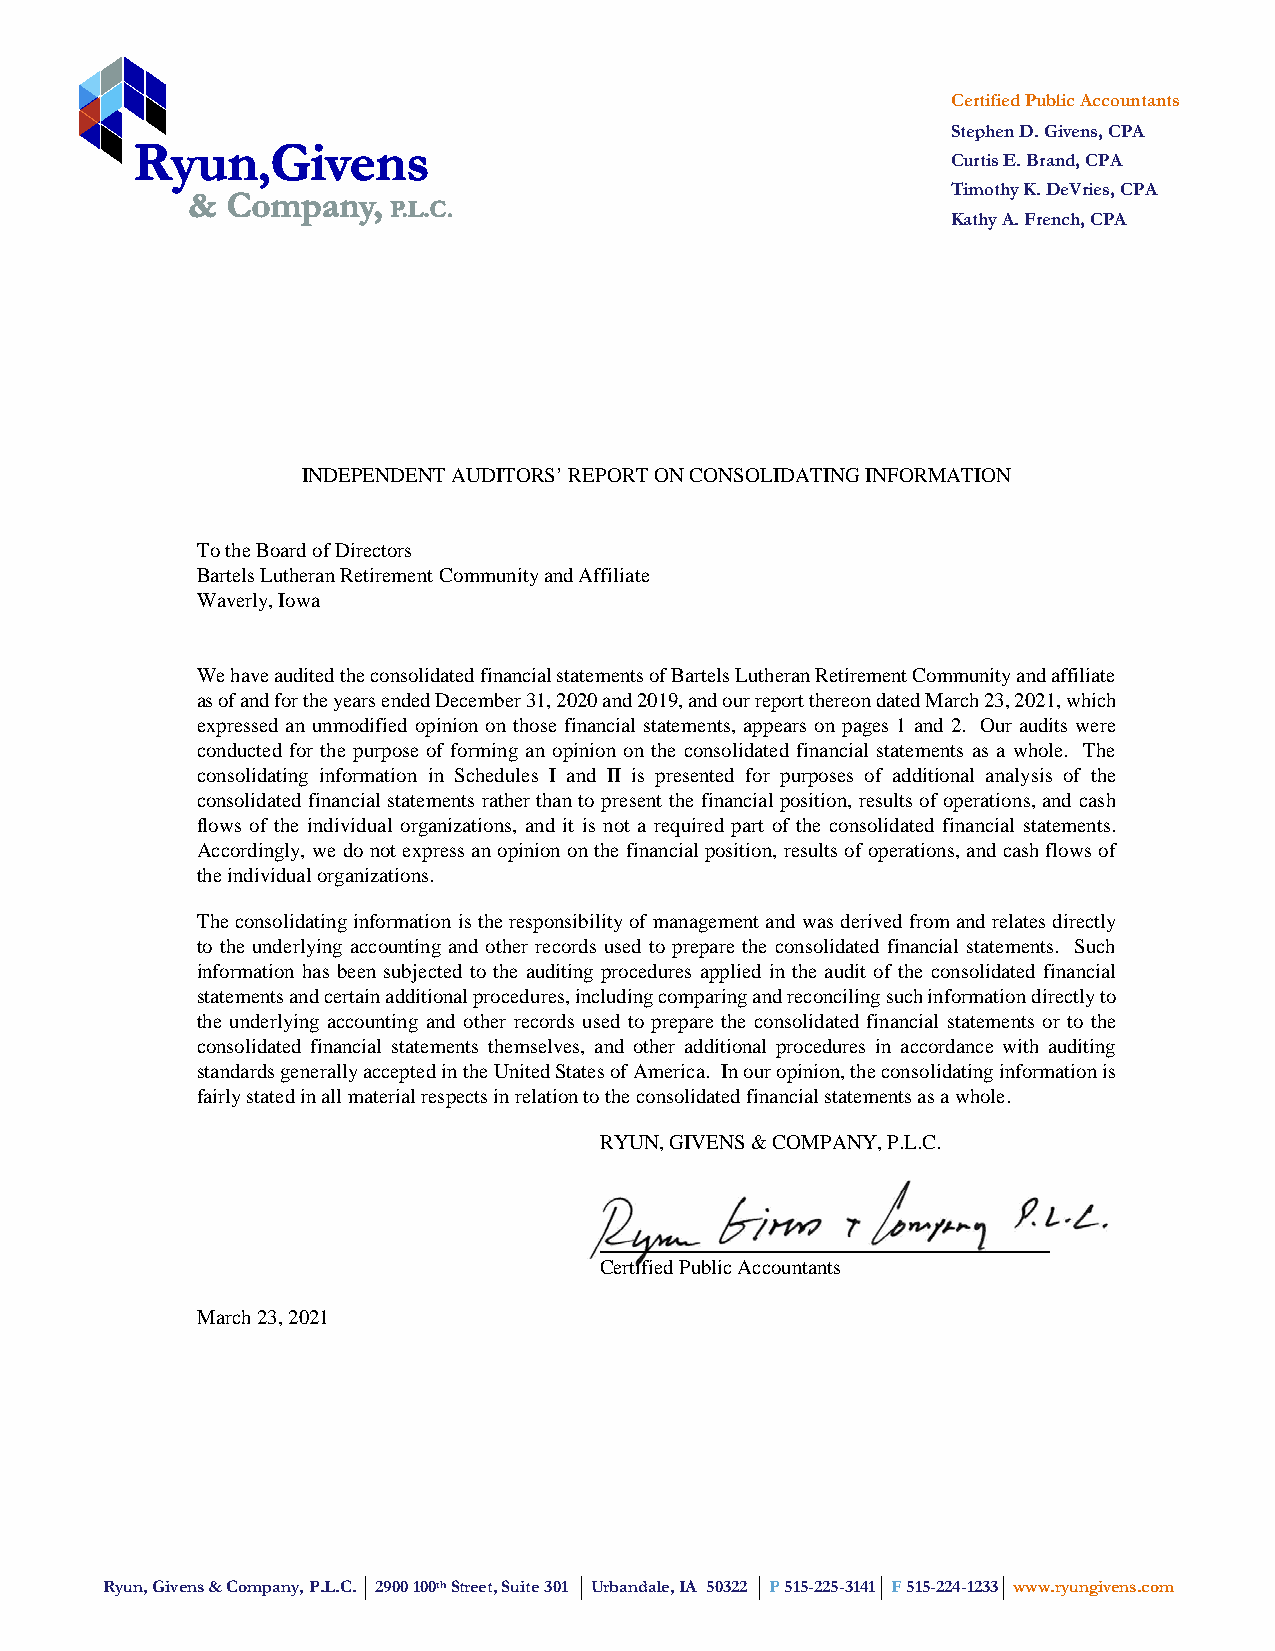
Certified Public Accountants
 Stephen D. Givens, CPA
 Curtis E. Brand, CPA
 Timothy K. DeVries, CPA
 Kathy A. French, CPA
 INDEPENDENT AUDITORS’ REPORT ON CONSOLIDATING INFORMATION
 To the Board of Directors
 Bartels Lutheran Retirement Community and Affiliate
 Waverly, Iowa
 We have audited the consolidated financial statements of Bartels Lutheran Retirement Community and affiliate
 as of and for the years ended December 31, 2020 and 2019, and our report thereon dated March 23, 2021, which
 expressed an unmodified opinion on those financial statements, appears on pages 1 and 2. Our audits were
 conducted for the purpose of forming an opinion on the consolidated financial statements as a whole. The
 consolidating information in Schedules I and II is presented for purposes of additional analysis of the
 consolidated financial statements rather than to present the financial position, results of operations, and cash
 flows of the individual organizations, and it is not a required part of the consolidated financial statements.
 Accordingly, we do not express an opinion on the financial position, results of operations, and cash flows of
 the individual organizations.
 The consolidating information is the responsibility of management and was derived from and relates directly
 to the underlying accounting and other records used to prepare the consolidated financial statements. Such
 information has been subjected to the auditing procedures applied in the audit of the consolidated financial
 statements and certain additional procedures, including comparing and reconciling such information directly to
 the underlying accounting and other records used to prepare the consolidated financial statements or to the
 consolidated financial statements themselves, and other additional procedures in accordance with auditing
 standards generally accepted in the United States of America. In our opinion, the consolidating information is
 fairly stated in all material respects in relation to the consolidated financial statements as a whole.
 RYUN, GIVENS & COMPANY, P.L.C.
 Certified Public Accountants
 March 23, 2021
 Ryun, Givens & Company, P.L.C. 2900 100th Street, Suite 301 Urbandale, IA 50322 P 515-225-3141 F 515-224-1233 www.ryungivens.com